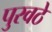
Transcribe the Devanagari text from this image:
पुरवठे